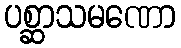
ပစ္ဆာသမဏော